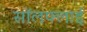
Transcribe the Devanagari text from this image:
सॉलफ्लाई